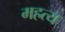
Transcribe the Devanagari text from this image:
महत्य